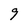
Character: 9